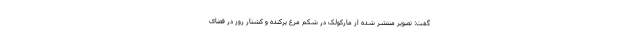
گفت: تصویر منتشر شده از مارکولک در شکم مرغ پرکنده و کشتار روز در فضای